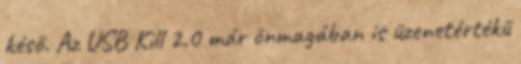
késő. Az USB Kill 2.0 már önmagában is üzenetértékű